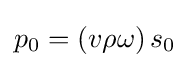
p_{0}=\left(v\rho \omega \right)s_{0}\,\!